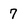
Character: 7